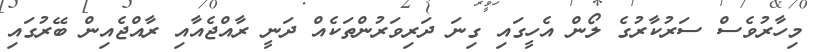
މިހާރުވެސް ސަރުކާރުގެ ލޯން އެހީގައި ގިނަ ދަރިވަރުންތަކެއް ދަނީ ރާއްޖެއާއި ރާއްޖެއިން ބޭރުގައި